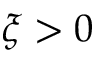
\xi > 0